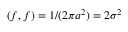
( f , f ) = 1 / ( 2 \pi a ^ { 2 } ) = 2 \sigma ^ { 2 }